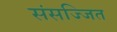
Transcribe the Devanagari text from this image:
संसज्जित